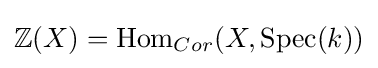
\mathbb {Z} (X)={\text{Hom}}_{Cor}(X,{\text{Spec}}(k))